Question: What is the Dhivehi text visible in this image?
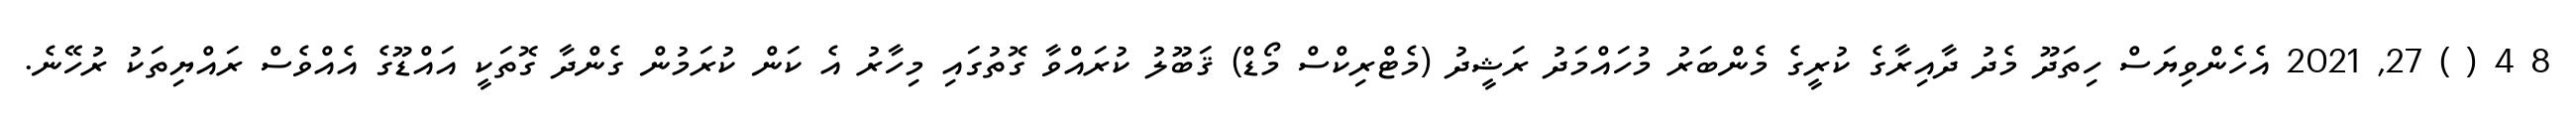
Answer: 8 4 ( ) 27, 2021 އެހެންވިޔަސް ހިތަދޫ މެދު ދާއިރާގެ ކުރީގެ މެންބަރު މުހައްމަދު ރަޝީދު (މެޓްރިކްސް މޯޑް) ޤަބޫލު ކުރައްވާ ގޮތުގައި މިހާރު އެ ކަން ކުރަމުން ގެންދާ ގޮތަކީ އައްޑޫގެ އެއްވެސް ރައްޔިތަކު ރުހޭނެ.